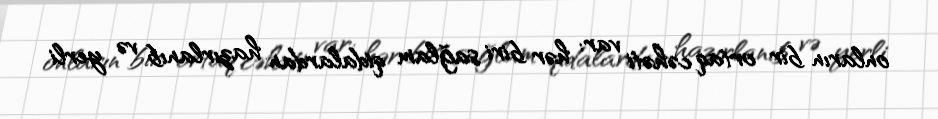
onların bir ortaq cəhəti var: hər biri sağlam qidalardan hazırlanıb və yerli